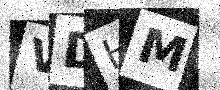
Text: VDHM